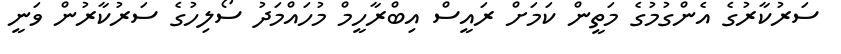
ސަރުކާރުގެ އެންގުމުގެ މަތީން ކަމަށް ރައީސް އިބްރާހީމް މުހައްމަދު ސޯލިހުގެ ސަރުކާރުން ވަނީ